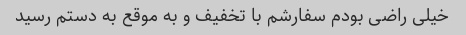
خیلی راضی بودم سفارشم با تخفیف و به موقع به دستم رسید